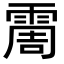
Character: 霌